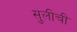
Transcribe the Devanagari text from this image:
सुलीची